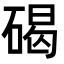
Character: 碣